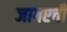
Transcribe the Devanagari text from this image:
जागएची